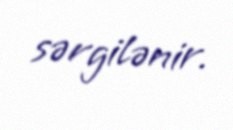
sərgilənir.